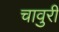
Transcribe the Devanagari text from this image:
चावुरी